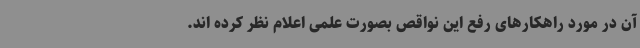
آن در مورد راهکارهای رفع این نواقص بصورت علمی اعلام نظر کرده اند.